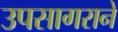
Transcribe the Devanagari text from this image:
उपसागराने